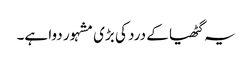
یہ گٹھیا کے درد کی بڑی مشہور دوا ہے۔